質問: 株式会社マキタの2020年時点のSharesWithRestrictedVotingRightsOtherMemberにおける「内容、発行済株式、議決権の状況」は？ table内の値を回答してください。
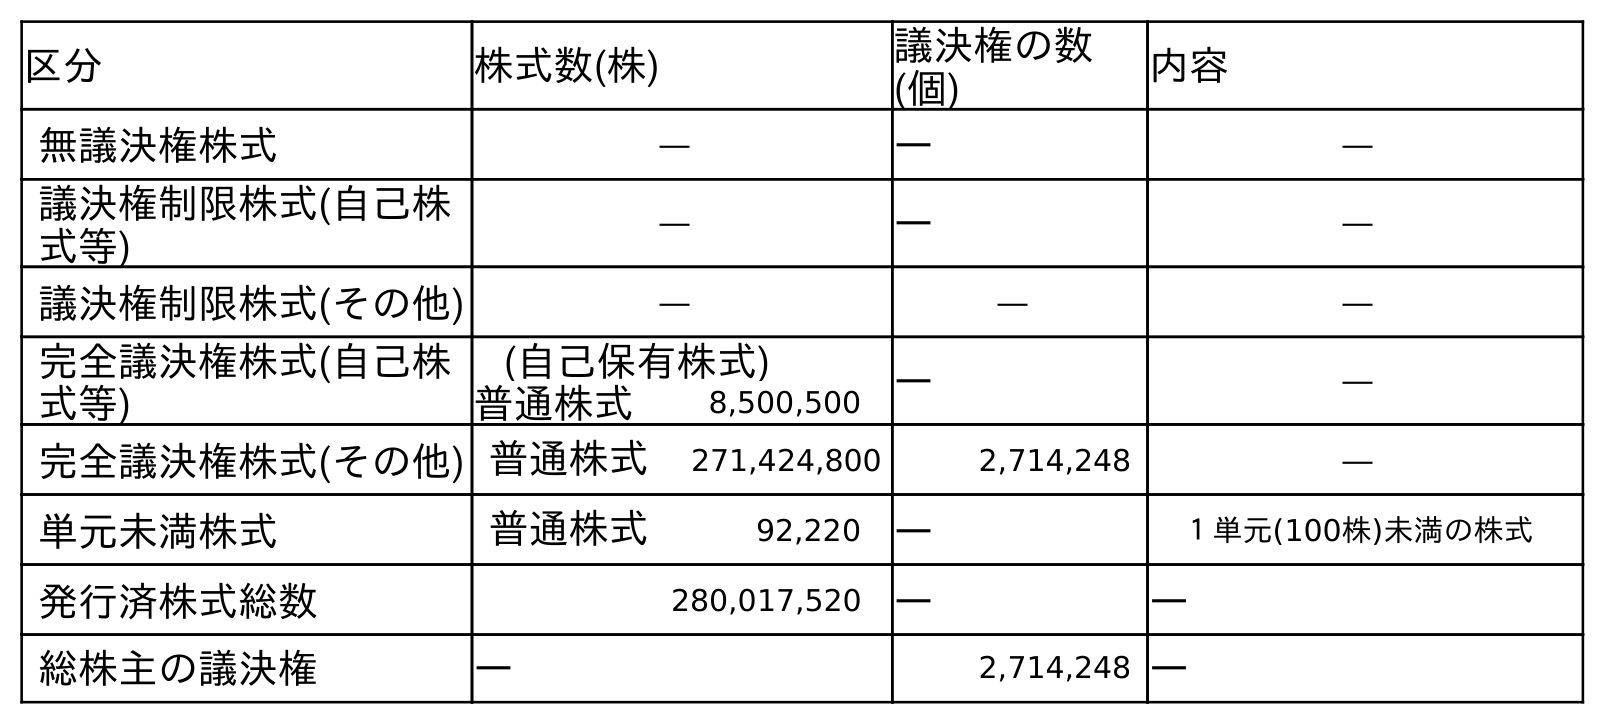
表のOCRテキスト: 区分 株式数(株) 議決権の数 (個) 内容 無議決権株式 ― ― ― 議決権制限株式(自己株 式等) ― ― ― 議決権制限株式(その他) ― ― ― 完全議決権株式(自己株 式等) (自己保有株式) ― ― 普通株式 8,500,500 完全議決権株式(その他) 普通株式 271,424,800 2,714,248 ― 単元未満株式 普通株式 92,220 ― １単元(100株)未満の株式 発行済株式総数 280,017,520 ― ― 総株主の議決権 ― 2,714,248 ―
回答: ―